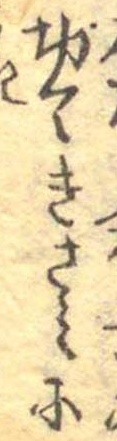
切てきさみに